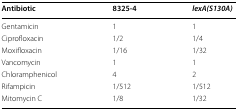
<table><thead><tr><td><b>Antibiotic</b></td><td><b>8325-4</b></td><td><b><i>lexA(S130A)</i></b></td></tr></thead><tbody><tr><td>Gentamicin</td><td>1</td><td>1</td></tr><tr><td>Ciprofloxacin</td><td>1/2</td><td>1/4</td></tr><tr><td>Moxifloxacin</td><td>1/16</td><td>1/32</td></tr><tr><td>Vancomycin</td><td>1</td><td>1</td></tr><tr><td>Chloramphenicol</td><td>4</td><td>2</td></tr><tr><td>Rifampicin</td><td>1/512</td><td>1/512</td></tr><tr><td>Mitomycin C</td><td>1/8</td><td>1/32</td></tr></tbody></table>